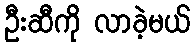
ဦးဆီကို လာခဲ့မယ်